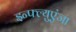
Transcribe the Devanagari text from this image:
इन्फ्ल्युएंजा